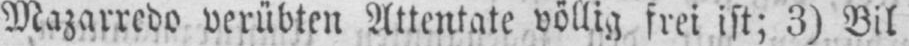
Mazarredo verübten Attentate völlig frei ist; 3) Bil